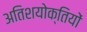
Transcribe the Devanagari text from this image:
अतिशयोक्तियों